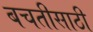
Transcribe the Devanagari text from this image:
बचतीसाठी